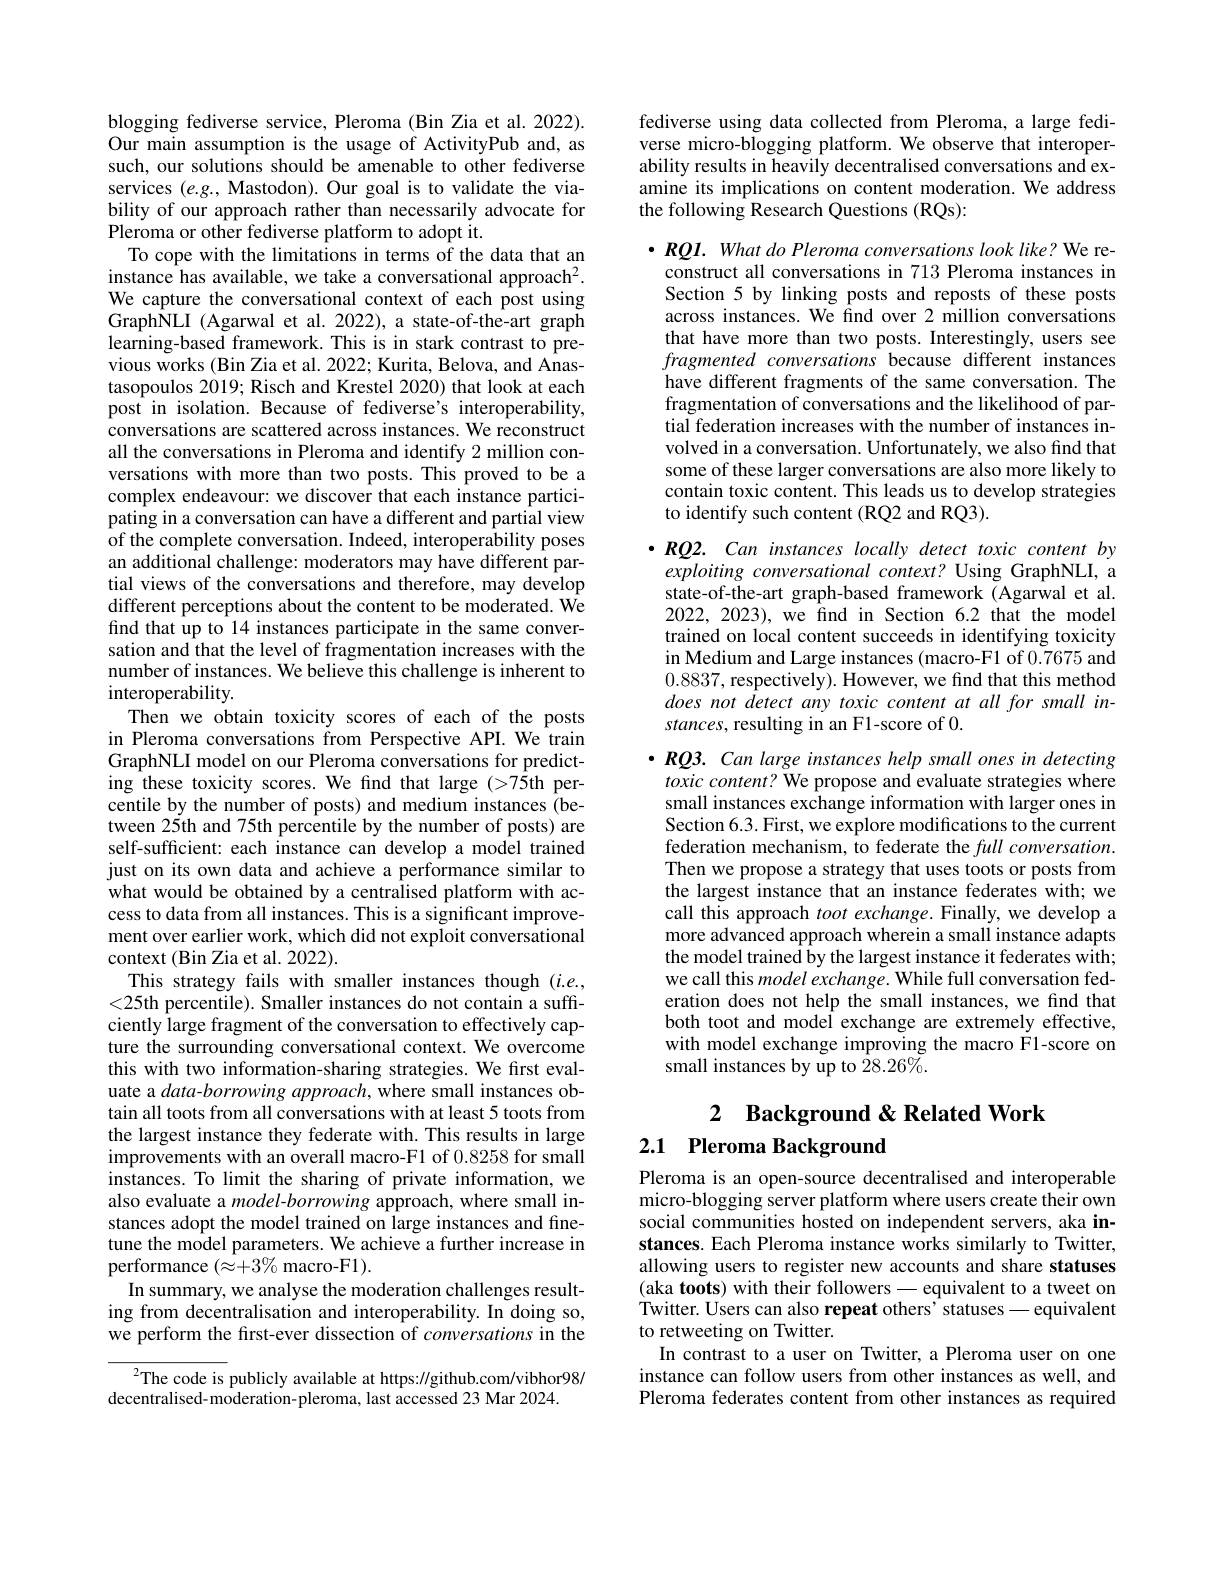
blogging fediverse service, Pleroma (Bin Zia et al. 2022). Our main assumption is the usage of ActivityPub and, as such, our solutions should be amenable to other fediverse services $(e.g.$, Mastodon). Our goal is to validate the viability of our approach rather than necessarily advocate for Pleroma or other fediverse platform to adopt it.
To cope with the limitations in terms of the data that an instance has available, we take a conversational approach$^2.$ We capture the conversational context of each post using GraphNLI (Agarwal et al.2022), a state-of-the-art graph learning-based framework. This is in stark contrast to previous works (Bin Zia et al. 2022; Kurita, Belova, and Anastasopoulos 2019; Risch and Krestel 2020) that look at each post in isolation. Because of fediverse's interoperability, conversations are scattered across instances. We reconstruct all the conversations in Pleroma and identify 2 million conversations with more than two posts. This proved to be a complex endeavour: we discover that each instance participating in a conversation can have a different and partial view of the complete conversation. Indeed, interoperability poses an additional challenge: moderators may have different partial views of the conversations and therefore, may develop different perceptions about the content to be moderated. We find that up to 14 instances participate in the same conversation and that the level of fragmentation increases with the number of instances. We believe this challenge is inherent to ${\mathrm{interoperability}}$
Then we obtain toxicity scores of each of the posts in Pleroma conversations from Perspective API. We train GraphNLI model on our Pleroma conversations for predicting these toxicity scores. We find that large (>75th percentile by the number of posts) and medium instances (between 25th and 75th percentile by the number of posts) are self-sufficient: each instance can develop a model trained just on its own data and achieve a performance similar to what would be obtained by a centralised platform with access to data from all instances. This is a significant improvement over earlier work, which did not exploit conversational context (Bin Zia et al. 2022).
This strategy fails with smaller instances though $(i.e.$, <25th percentile). Smaller instances do not contain a sufficiently large fragment of the conversation to effectively capture the surrounding conversational context.We overcome this with two information-sharing strategies. We first evaluate a data-borrowing approach, where small instances obtain all toots from all conversations with at least 5 toots from the largest instance they federate with. This results in large improvements with an overall macro-F1 of 0.8258 for small instances. To limit the sharing of private information, we also evaluate a model-borrowing approach, where small instances adopt the model trained on large instances and finetune the model parameters. We achieve a further increase in performance $(\bar{\approx}+3\%$ macro-F1).
In summary, we analyse the moderation challenges resulting from decentralisation and interoperability. In doing so, we perform the first-ever dissection of conversations in the
$^{2}$The code is publicly available at https://github.com/vibhor98/

decentralised-moderation-pleroma, last accessed 23 Mar 2024.

fediverse using data collected from Pleroma, a large fediverse micro-blogging platform. We observe that interoperability results in heavily decentralised conversations and examine its implications on content moderation. We address the following Research Questions (RQs):

$\bullet RQl.What$ do Pleroma conversations look like? We reconstruct all conversations in 713 Pleroma instances in Section 5 by linking posts and reposts of these posts across instances. We find over 2 million conversations that have more than two posts. Interestingly, users see fragmented conversations because different instances have different fragments of the same conversation. The fragmentation of conversations and the likelihood of partial federation increases with the number of instances involved in a conversation. Unfortunately, we also find that some of these larger conversations are also more likely to contain toxic content. This leads us to develop strategies to identify such content (RQ2 and RQ3).

$\bullet RQ2.Can$ instances locally detect toxic content by
exploiting conversational context? Using GraphNLI, a state-of-the-art graph-based framework (Agarwal et al. 2022, 2023), we find in Section 6.2 that the model trained on local content succeeds in identifying toxicity in Medium and Large instances (macro-F1 of 0.7675 and 0.8837, respectively). However, we find that this method does not detect any toxic content at all for small instances, resulting in an F1-score of 0.
$\bullet RQ3.$ Can large instances help small ones in detecting
toxic content? We propose and evaluate strategies where

small instances exchange information with larger ones in Section 6.3. First, we explore modifications to the current federation mechanism, to federate the $full\textit{comversation. }$ Then we propose a strategy that uses toots or posts from the largest instance that an instance federates with; we call this approach toot exchange. Finally, we develop a more advanced approach wherein a small instance adapts the model trained by the largest instance it federates with; we call this model exchange. While full conversation federation does not help the small instances, we find that both toot and model exchange are extremely effective, with model exchange improving the macro F1-score on small instances by up to $\hat{28}.26\%.$

2 Background & Related Work
# 2.1 Pleroma Background

Pleroma is an open-source decentralised and interoperable micro-blogging server platform where users create their own social communities hosted on independent servers, aka instances. Each Pleroma instance works similarly to Twitter, allowing users to register new accounts and share statuses (aka toots) with their followers— equivalent to a tweet on Twitter. Users can also repeat others' statuses - equivalent to retweeting on Twitter.
In contrast to a user on Twitter, a Pleroma user on one instance can follow users from other instances as well, and Pleroma federates content from other instances as required